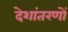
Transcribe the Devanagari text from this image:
देशांतरणों